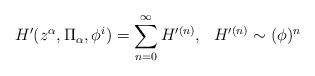
LaTeX: \begin{align*}H^{\prime} (z^{\alpha}, \Pi_{\alpha}, \phi^{i}) = \sum_{n=0}^{\infty} H^{\prime(n)},{}~~H^{\prime (n)} \sim (\phi)^{n}\end{align*}